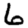
Digit: 6